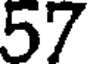
57